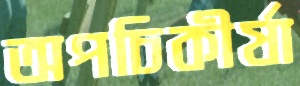
অপচিকীর্ষা